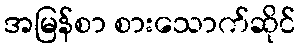
အမြန်စာ စားသောက်ဆိုင်